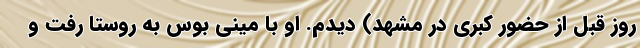
روز قبل از حضور کبری در مشهد) دیدم. او با مینی بوس به روستا رفت و